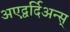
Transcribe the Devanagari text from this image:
अएद्वर्दिअन्स्